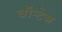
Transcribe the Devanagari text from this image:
वॉन्टेज